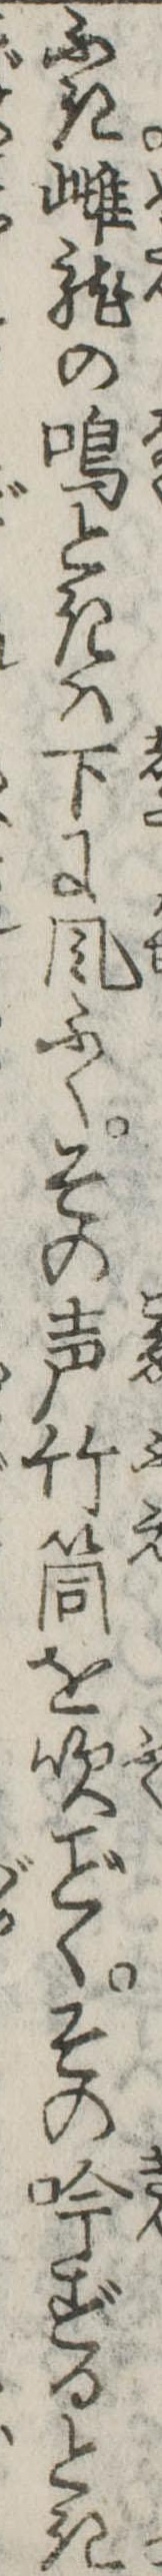
ふき雌竜の鳴ときは下に風ふくその声竹筒を吹くその吟ずるとき